Report on sanitation, dispensaries, and jails in Rajputana for 1913, and on vaccination for the year 1913-1914 - 1913-1914
Year: 1913
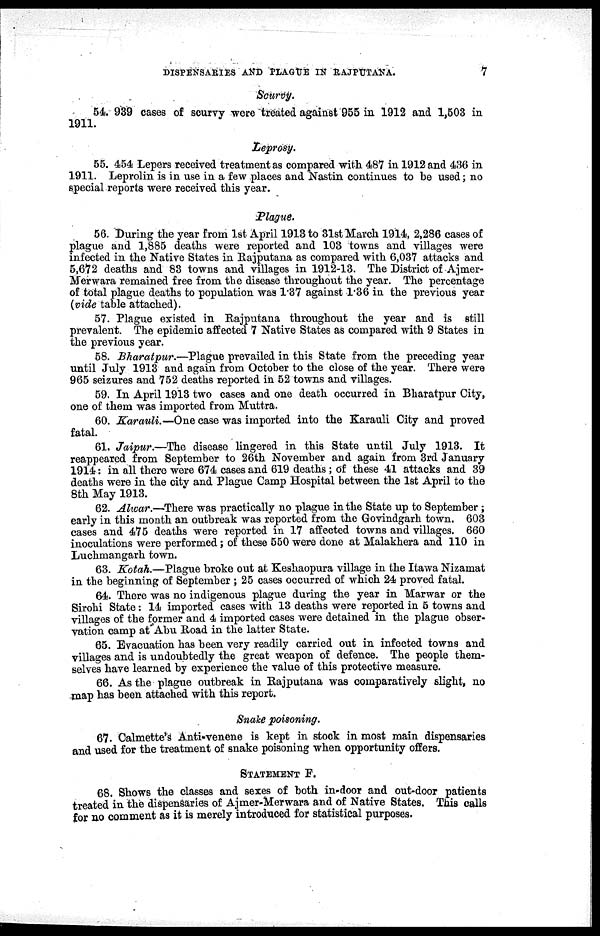
DISPENSARIES AND PLAGUE IN RAJPUTANA.
7
Scurvy.
54. 939 cases of scurvy were treated against 955 in 1912 and 1,503 in
1911.
Leprosy.
55. 454 Lepers received treatment as compared with 487 in 1912 and 436 in
1911. Leprolin is in use in a few places and Nastin continues to be used; no
special reports were received this year.
Plague.
56.During the year from 1st April 1913 to 31st March 1914, 2,286 cases of
plague and 1,885 deaths were reported and 103 towns and villages were
infected in the Native States in Rajputana as compared with 6,037 attacks and
5,672 deaths and 83 towns and villages in 1912-13. The District of Ajmer-
Merwara remained free from the disease throughout the year. The percentage
of total plague deaths to population was 1.37 against 1.36 in the previous year
(vide table attached).
57. Plague existed in Rajputana throughout the year and is still
prevalent. The epidemic affected 7 Native States as compared with 9 States in
the previous year.
58. Bharatpur.—Plague prevailed in this State from the preceding year
until July 1913 and again from October to the close of the year. There were
965 seizures and 752 deaths reported in 52 towns and villages.
59. In April 1913 two cases and one death occurred in Bharatpur City,
one of them was imported from Muttra.
60. Karauli.—One case was imported into the Karauli City and proved
fatal.
61. Jaipur.—The disease lingered in this State until July 1913. It
reappeared from September to 26th November and again from 3rd January
1914: in all there were 674 cases and 619 deaths; of these 41 attacks and 39
deaths were in the city and Plague Camp Hospital between the 1st April to the
8th May 1913.
62. Alwar.—There was practically no plague in the State up to September ;
early in this month an outbreak was reported from the Govindgarh town. 603
cases and 475 deaths were reported in 17 affected towns and villages. 660
inoculations were performed; of these 550 were done at Malakhera and 110 in
Luchmangarh town.
63. Kotah.—Plague broke out at Keshaopura village in the Itawa Nizamat
in the beginning of September ; 25 cases occurred of which 24 proved fatal.
64. There was no indigenous plague during the year in Marwar or the
Sirohi State: 14 imported cases with 13 deaths were reported in 5 towns and
villages of the former and 4 imported cases were detained in the plague obser-
vation camp at Abu Road in the latter State.
65. Evacuation has been very readily carried out in infected towns and
villages and is undoubtedly the great weapon of defence. The people them-
selves have learned by experience the value of this protective measure.
66. As the plague outbreak in Rajputana was comparatively slight, no
map has been attached with this report.
Snake poisoning.
67. Calmette's Anti-venene is kept in stock in most main dispensaries
and used for the treatment of snake poisoning when opportunity offers.
STATEMENT F.
68. Shows the classes and sexes of both in-door and out-door patients
treated in the dispensaries of Ajmer-Merwara and of Native States. This calls
for no comment as it is merely introduced for statistical purposes.